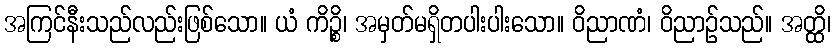
အကြင်နီးသည်လည်းဖြစ်သော။ ယံ ကိဉ္စိ၊ အမှတ်မရှိတပါးပါးသော။ ဝိညာဏံ၊ ဝိညာဉ်သည်။ အတ္ထိ၊